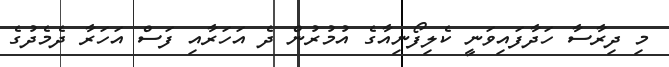
މި ދިރާސާ ހަދާފައިވަނީ ކެލިފޯނިއާގެ އުމުރުން ދެ އަހަރާއި ފަސް އަހަރާ ދެމެދުގެ